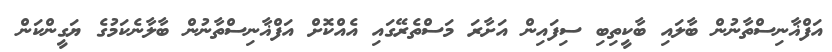
އަފްޣާނިސްތާނުން ބާލައި ބާކީތިބި ސިފައިން އަށާރަ މަސްތެރޭގައި އެއްކޮށް އަފްޣާނިސްތާނުން ބާލާނެކަމުގެ ޔަގީންކަން